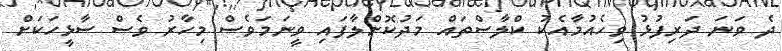
ދެ ވަނަ ދަރިފުޅު ވިހެއުމާއެކު ކްލާސްތައް މަދުކޮށްލާފައި ވީނަމަވެސް މިހާރު ވެސް ސާޅީހަކަށް